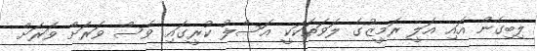
ލިބިގެން އައި އަލީ ރަމީޒުގެ ލަވަތަކަކީ އަސްލު ކުރީގައި ވެސް ވަރަށް ވަރަށް